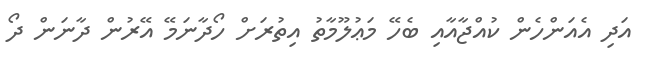
އަދި އެއަންހެން ކުއްޖާއާއި ބެހޭ މަޢުލޫމާތު އިތުރަށް ހޯދާނަމޭ އޭރުން ދާނަން ދޯ